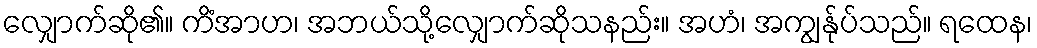
လျှောက်ဆို၏။ ကိံအာဟ၊ အဘယ်သို့လျှောက်ဆိုသနည်း။ အဟံ၊ အကျွန်ုပ်သည်။ ရထေန၊